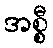
အစ္စီ